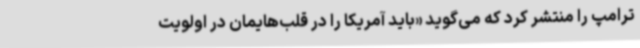
ترامپ را منتشر کرد که می‌گوید «باید آمریکا را در قلب‌هایمان در اولویت